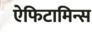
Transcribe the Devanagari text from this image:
ऐफिटामिन्स